Leningradi_Edasi_toimetus, lk 15
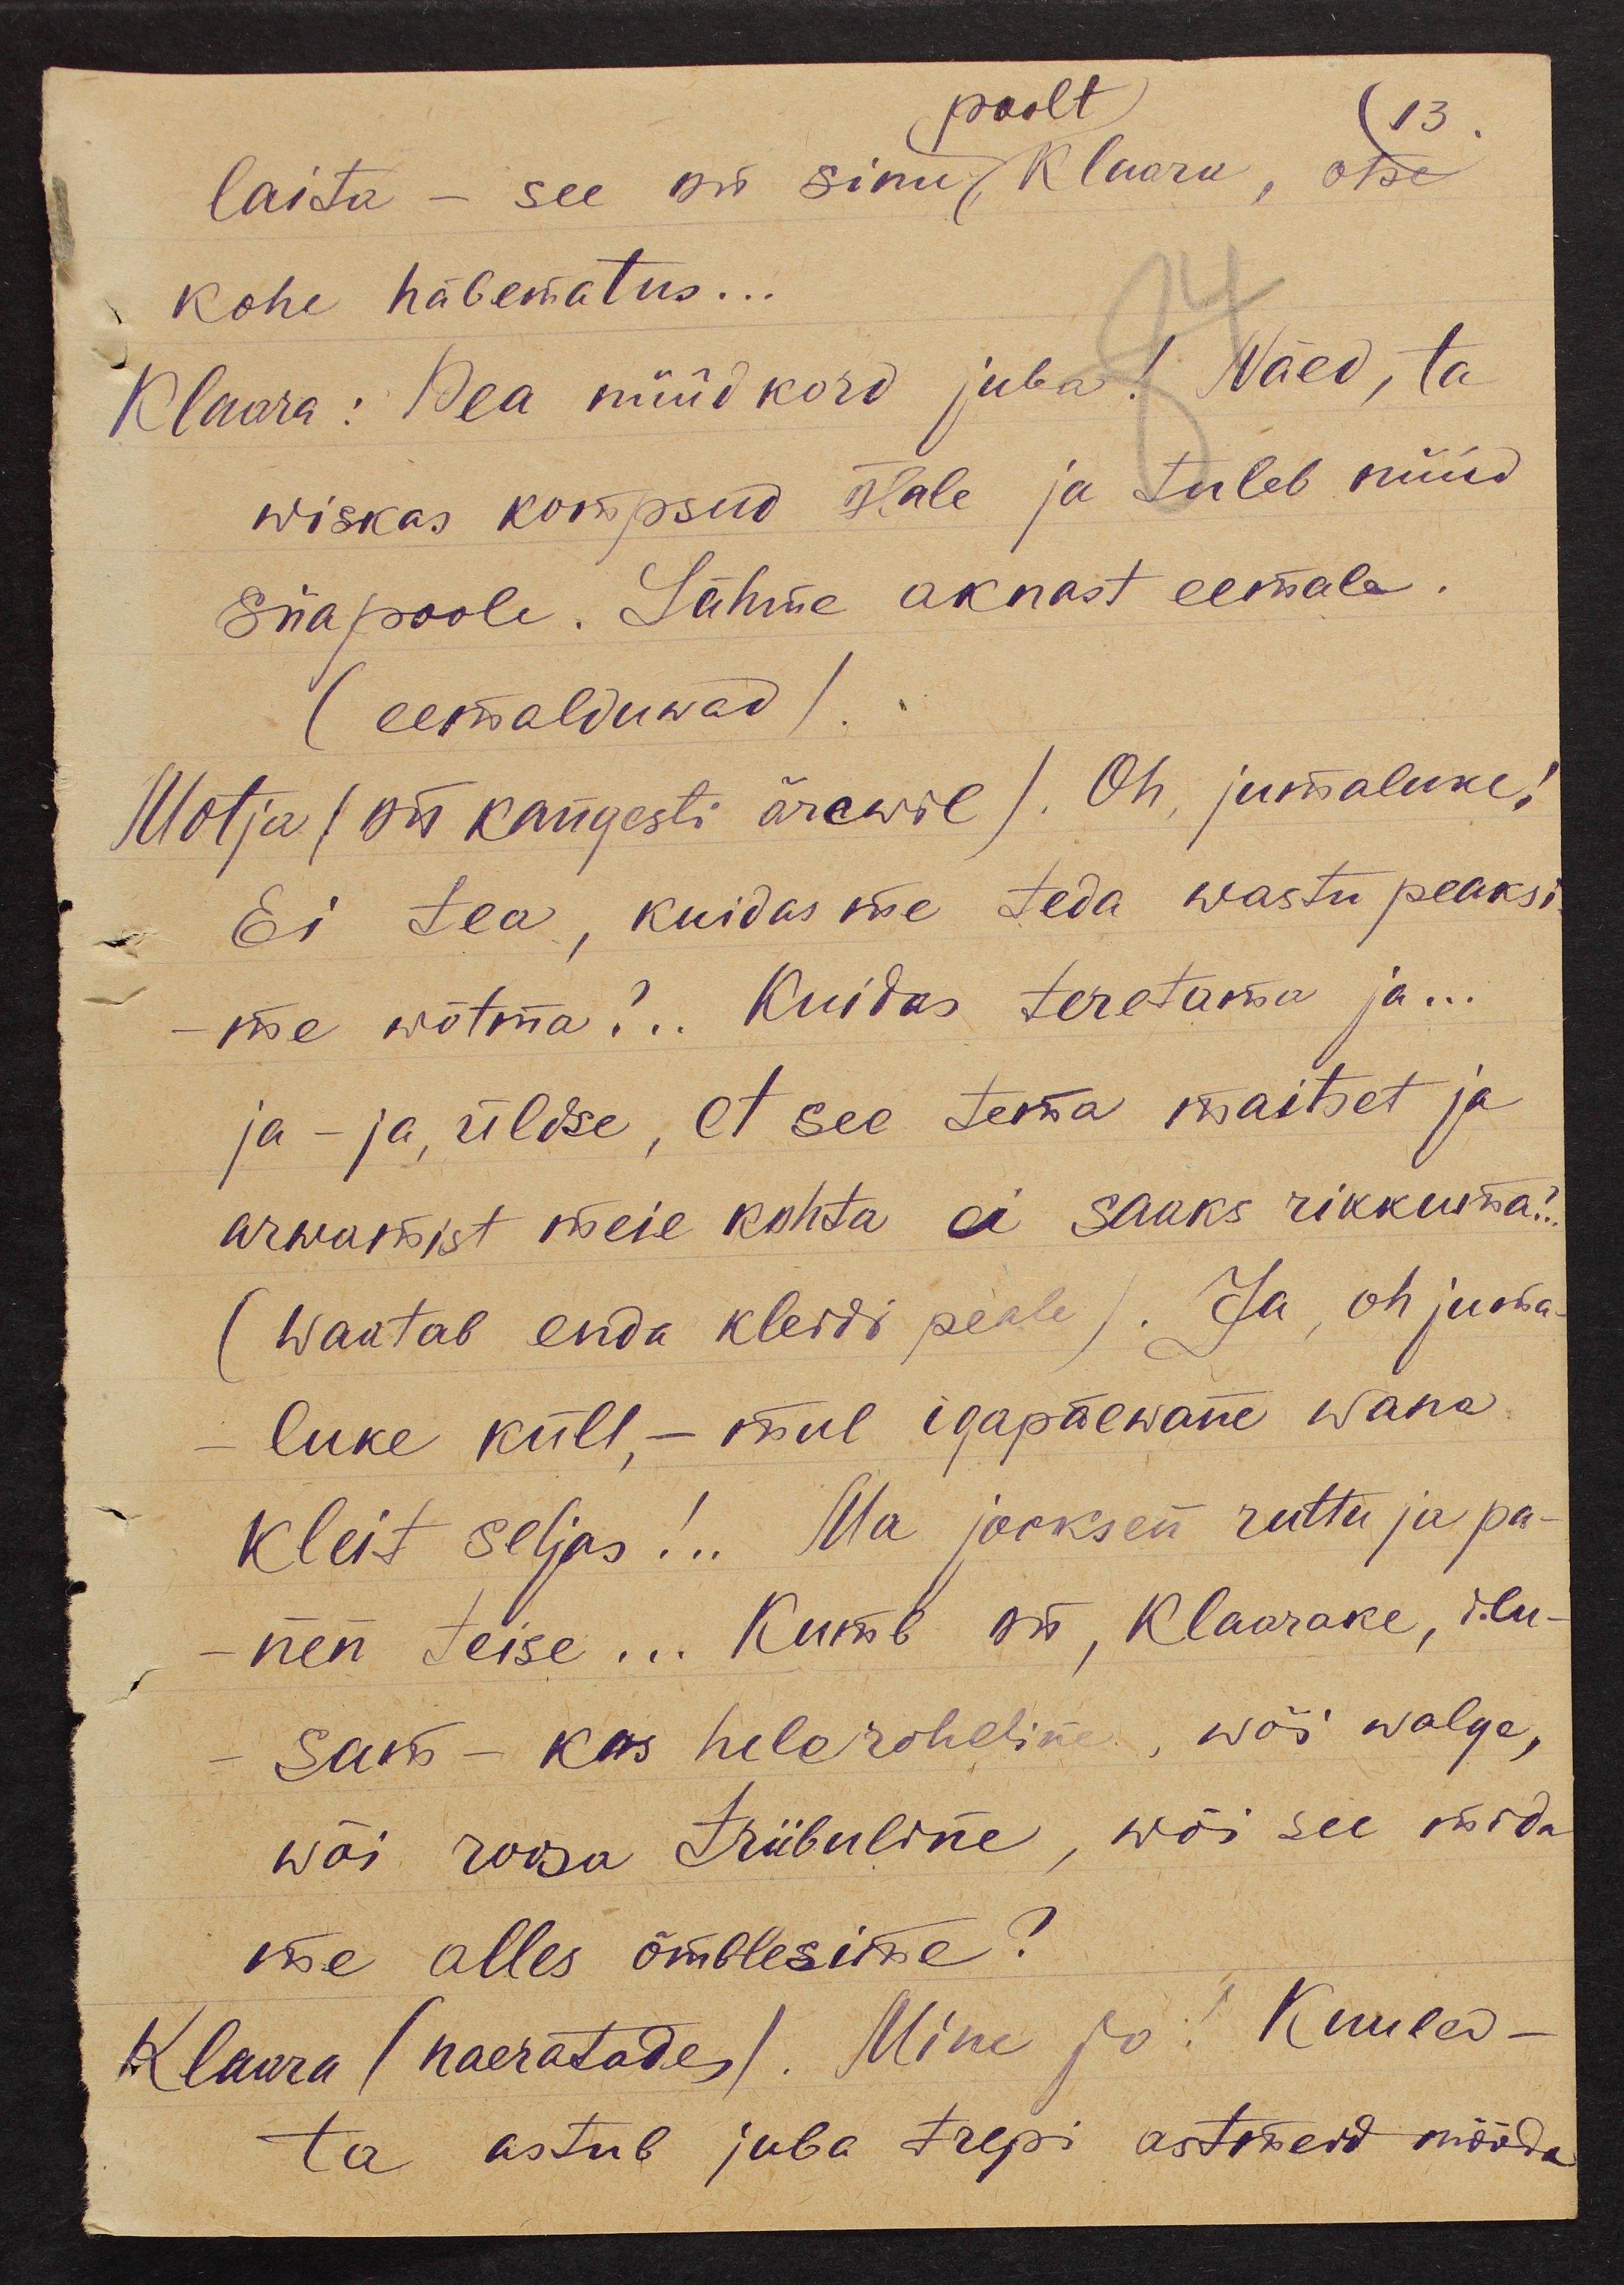
poolt
13
laita - see on sinu, Klaara, otse
kohe häbematus...
Klaara: Pea nüüd kord juba! Näed, ta
wiskas kompsud õlale ja tuleb nüüd
siiapoole. Lähme aknast eemale.
(eemalduwad)
Motja (on kangesti ärewil). Oh, jumaluke!
Ei tea, kuidas me teda wastu peaks;
me wõtma?.. Kuidas teretama ja...
ja-ja, üldse, et see tema maitset ja
arwamist meie kohta ei saaks rikkuma?
(Waatab enda kleidi peale). Ja, oh juma-
luke küll, - mul igapäewane wana
kleit seljas!.. Ma jooksen ruttu ja pa-
nen teise... Kumb on, Klaarake, ilu-
sam - kas heleroheline, wõi walge,
wõi roosa triibuline, wõi see mida
me alles õmblesime?
Klaara (naeratades). Mine jo! Kuuled -
ta astub juba trepi astmeid mööda